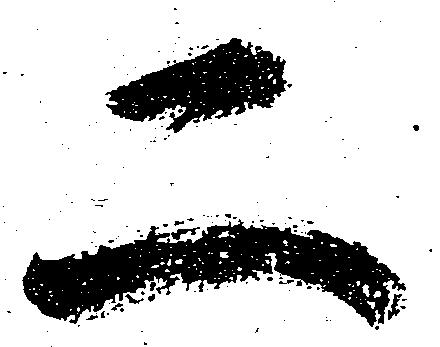
二